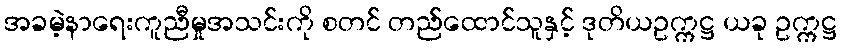
အခမဲ့နာရေးကူညီမှုအသင်းကို စတင် တည်ထောင်သူနှင့် ဒုတိယဥက္ကဋ္ဌ ယခု ဥက္ကဋ္ဌ